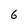
Character: 6